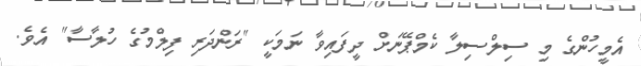
އެމީހުންގެ މި ސިލްސިލާ ކެމްޕޭނަށް ދީފައިވާ ނަމަކީ "ރަންދަރި ފިލްމުގެ ހުލާސާ" އެވެ.